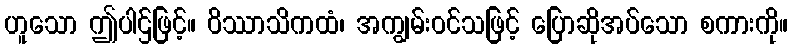
ဟူသော ဤပါဌ်ဖြင့်။ ဝိဿာသိကထံ၊ အကျွမ်းဝင်သဖြင့် ပြောဆိုအပ်သော စကားကို။